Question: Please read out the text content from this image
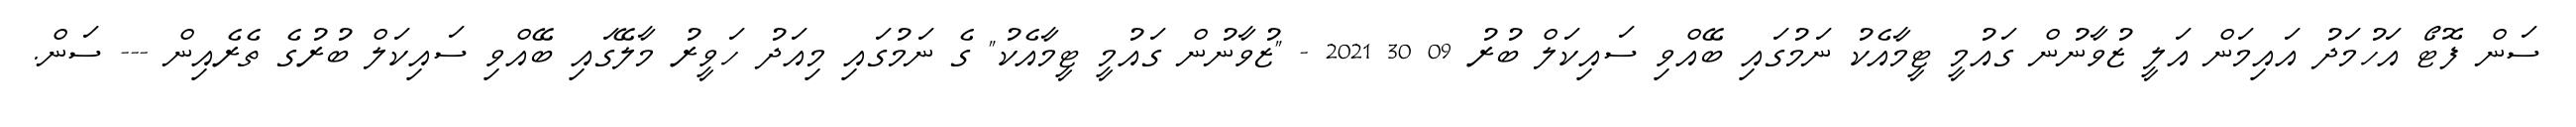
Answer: ސަން ފޮޓޯ އަހުމަދު އައިމަން އަލީ ޒުވާނުން ގައުމީ ޓީމާއެކު ނަމުގައި ބޭއްވި ސައިކަލް ބުރު 09 30 2021 - "ޒުވާނުން ގައުމީ ޓީމާއެކު" ގެ ނަމުގައި މިއަދު ހަވީރު މާލޭގައި ބޭއްވި ސައިކަލް ބުރުގެ ތެރެއިން --- ސަން.